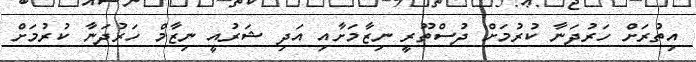
އިތުރަށް ހަރުދަނާ ކުރުމަށް ދުސްތޫރީ ނިޒާމަށާއި އަދި ޝަރުއީ ނިޒާމް ހަރުދަނާ ކުރުމަށް